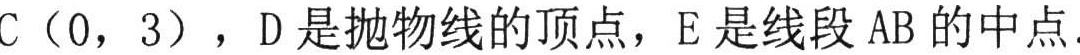
C（0，3），D是抛物线的顶点，E是线段AB的中点.